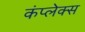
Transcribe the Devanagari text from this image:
कंप्लेक्स